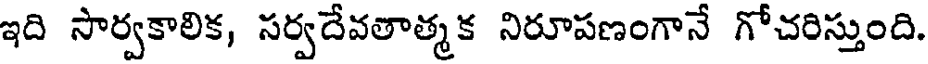
ఇది సార్వకాలిక, సర్వదేవతాత్మక నిరూపణంగానే గోచరిస్తుంది.